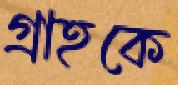
গ্রাহকে